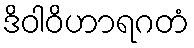
ဒိဝါဝိဟာရဂတံ